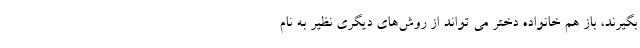
بگیرند، باز هم خانواده‌ دختر می تواند از روش‌های دیگری نظیر به نام